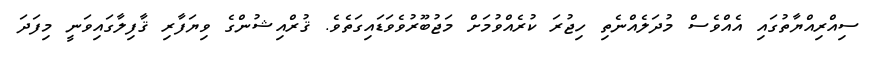
ސިއްރިއްޔާތުގައި އެއްވެސް މުދަލެއްނެތި ހިޖުރަ ކުރެއްވުމަށް މަޖުބޫރުވެވަޑައިގަތެވެ. ޤުރްއިޝުންގެ ވިޔަފާރި ޤާފިލާގައިވަނީ މިފަދަ